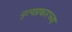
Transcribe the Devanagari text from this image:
नृत्यप्रकारच्या